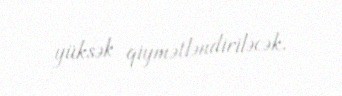
yüksək qiymətləndiriləcək.